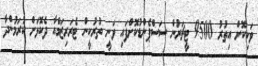
ވަކިކޮށް އިތުރު 9500 ޓީޗަރުން ސަސްޕެންޑުކޮށްފައި ވަނީ ތުރުކީން ޓެރަރިޒަމްއާ ދެކޮޅަށް ކުރަމުންދާ